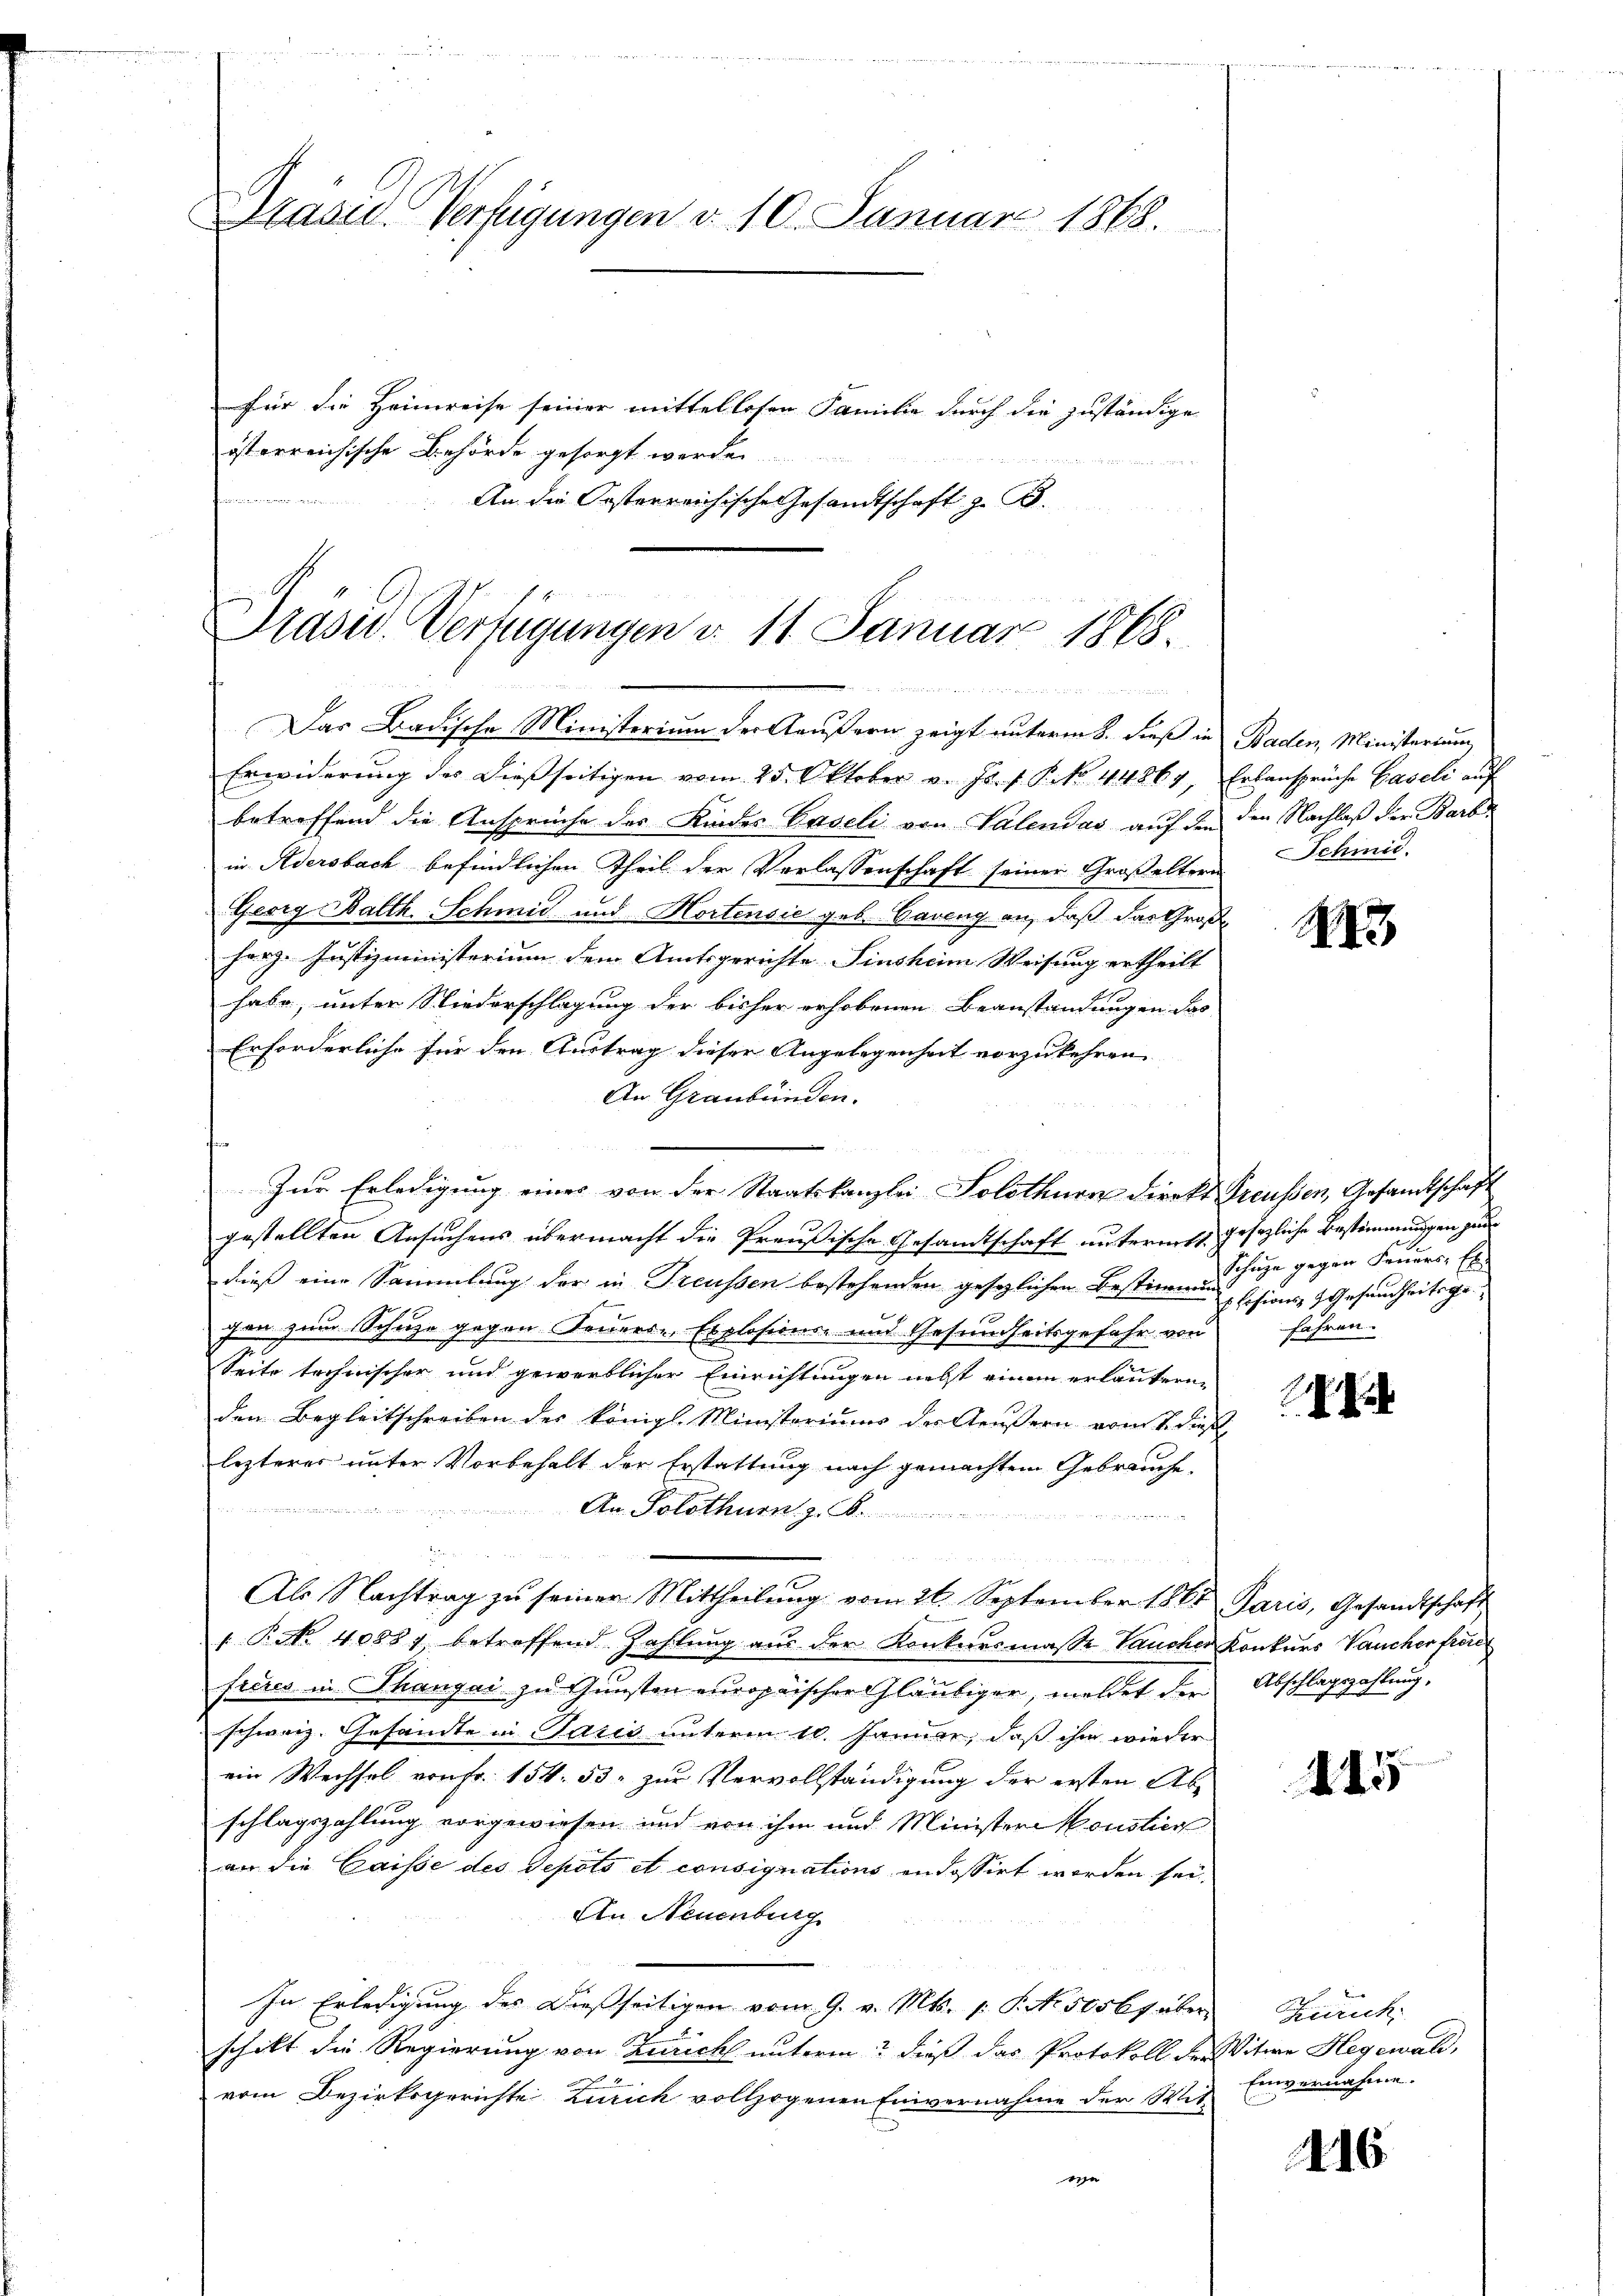
Pasid. Verfügungen d. 10. Januar 1868.
für die Heimreise seiner mittellosen Familie durch die zuständige
isterreichische Behörde gesorgt werden.
An die Orsterreichische Gesandtschaft z. B.

Drasw. Verfügungen d. 11. Januar 1868.
Das Badische Ministerium der Aeußern zeigt unterm 8. dieß in Baden, Ministerium

Erwiderung des Diesseitigen vom 25. Oktober v. Js. f. P. No. 44867,
betreffend die Ansprüche des Kindes Caveli von Valendas aŭf den den Nachlaβ der Barbar
in Adersbach befindlichen Theil der Verlassenschaft seiner Großeltern Schmid-
Georg Balth. Schmid und Hortensie geb. Bareng an, daß das Groß
herz. Justizministerium dem Amtsgerichte Sinsheim Weisung ertheilt
habe, unter Niederschlagung der bisher erhobenen Beanstandungen das
Erforderliche für den Austrag dieser Angelegenheit vorzukehren
An Graubünden.
Zur Erledigung eines von der Staatskanzlei Solothurn direkt Preußen, Gesandtschaft
gestellten Ansuchens übermacht die Preußische Gesandtschaft untermitt gesezliche Bestimmungen gan
dieß eine Sammlung der in Treussen bestehenden gesezlichen Bestimmung sisions- & Gesundheitsgegen zum Schuze gegen Feuere Explosions- und Gesundheitsgefahr von fahren.
Seite technischer und gewerblicher Einrichtungen nebst einem erläutern,
den Begleitschreiben des Königl. Ministeriums der Aeussern vom 2. dieß
lezterer unter Vorbehalt der Erstattung nach gemachtem Gebräuche.
 den verwert wenigen der a
An Solothurn, z. B.

Als Nachtrag zŭ seiner Mittheilŭng vom 26. September 1861 Paris, Gesandtschaft
 P. No 40881, betreffend Zahlung aus der Konkursmasse Taucher Konkurs Vaucher frei
freies in Thangai zu Gunsten europaischer Gläubiger, meldet der Abschlagszahlung,
schweiz. Gesandte in Paris unterm 10. Januar, daß ihm wieder
ein Wechsel von Fr. 154. 53. zur Vervollständigung der ersten Ab-
schlagszahlung vorgewiesen und von ihm und Ministerconstier
an die Caisse des Sepots et consignations andossirt worden sei,
An Neuenburg
In Erledigung des dießseitigen vom 9. v. Mts. s. S. No. 505 6 f über Zürich
schikt die Regierung von Zürich unterm dieß das Protokoll der Witwe Hegewald,
vom Bezirksgerichte Zürich vollzogenen Einvernahme der Mit
ee

Erbansprüche Baseli auf

243

Schuhe gegen Feuers: Es

2

415

Einvernahme.

416.